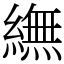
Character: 䌗